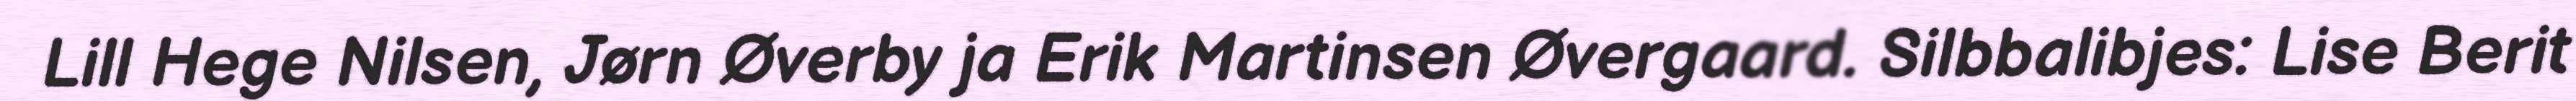
Lill Hege Nilsen, Jørn Øverby ja Erik Martinsen Øvergaard. Silbbalibjes: Lise Berit